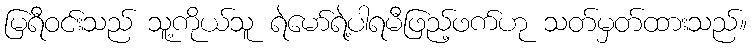
မြရီဝင်းသည် သူ့ကိုယ်သူ ရဲမော်ရဲ့ပါရမီဖြည့်ဖက်ဟု သတ်မှတ်ထားသည်။